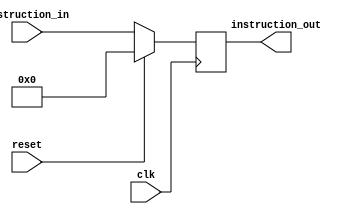
// This is written by Zhiyang Ong 
// and Andrew Mattheisen 
// for EE577b Troy WideWord Processor Project



module pipe1(instruction_in, instruction_out, clk, reset);
	
	// INPUTS
	input [0:31] instruction_in;
	input clk, reset;
	
	// OUTPUTS
	output [0:31] instruction_out;
	
	//REGISTERS
	reg [0:31] instruction_out;
	
	always @ (posedge clk)
		begin
		if (reset == 1'b1)
			begin
			instruction_out [0:31] <= 32'b0;
			end
		else
			begin
			instruction_out [0:31] <= instruction_in [0:31];
			end
		end
endmodule